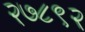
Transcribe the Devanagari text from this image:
२७८९२